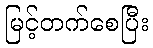
မြင့်တက်စေပြီး